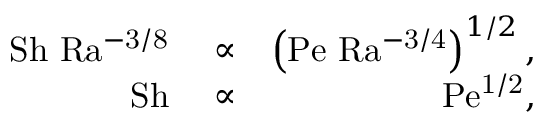
\begin{array} { r l r } { \mathrm { S h \ R a ^ { - 3 / 8 } } } & { { } \propto } & { \left( \mathrm { P e \ R a ^ { - 3 / 4 } } \right) ^ { 1 / 2 } , } \\ { \mathrm { S h } } & { { } \propto } & { \mathrm { P e ^ { 1 / 2 } , } } \end{array}